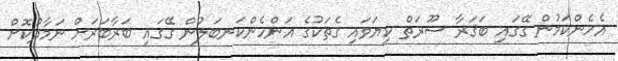
އެހެންކަމުން ގޭގައި ބަޤަރާ ސޫރަތް ކިޔަވައި ގެތަކުގެ އަންހެންކަނބަލުން ގޭގައި ބަރާބަރަށް ނަމާދުކޮށް